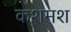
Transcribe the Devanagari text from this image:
कशमश